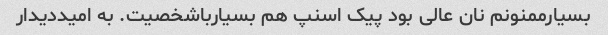
بسیارممنونم نان عالی بود پیک اسنپ هم بسیارباشخصیت. به امیددیدار